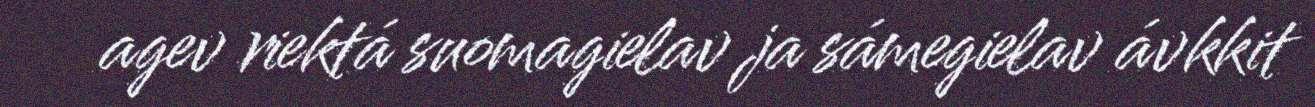
agev riektá suomagielav ja sámegielav ávkkit